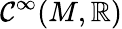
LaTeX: \mathcal{C}^{\infty}(M,\mathbb{{R}})